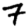
Digit: 7